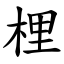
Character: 梩